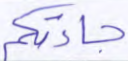
جاءتكم